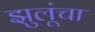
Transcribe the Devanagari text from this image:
झुलूंचा